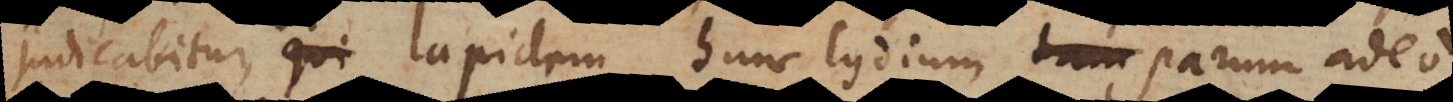
judicabitur, qui lapidem hunc Lydium parum adeo